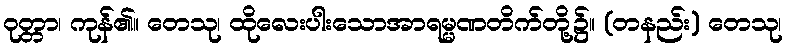
ဝုတ္တာ၊ ကုန်၏။ တေသု၊ ထိုလေးပါးသောအာရမ္မဏတိက်တို့၌။ (တနည်း) တေသု၊